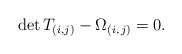
\begin{align*}\mathrm{det}\,T_{(i,j)}-\Omega_{(i,\,j)}=0.\end{align*}